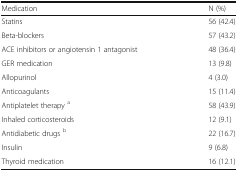
<table><thead><tr><td><b>Medication</b></td><td><b>N (%)</b></td></tr></thead><tbody><tr><td>Statins</td><td>56 (42.4)</td></tr><tr><td>Beta-blockers</td><td>57 (43.2)</td></tr><tr><td>ACE inhibitors or angiotensin 1 antagonist</td><td>48 (36.4)</td></tr><tr><td>GER medication</td><td>13 (9.8)</td></tr><tr><td>Allopurinol</td><td>4 (3.0)</td></tr><tr><td>Anticoagulants</td><td>15 (11.4)</td></tr><tr><td>Antiplatelet therapy <sup>a</sup></td><td>58 (43.9)</td></tr><tr><td>Inhaled corticosteroids</td><td>12 (9.1)</td></tr><tr><td>Antidiabetic drugs <sup>b</sup></td><td>22 (16.7)</td></tr><tr><td>Insulin</td><td>9 (6.8)</td></tr><tr><td>Thyroid medication</td><td>16 (12.1)</td></tr></tbody></table>